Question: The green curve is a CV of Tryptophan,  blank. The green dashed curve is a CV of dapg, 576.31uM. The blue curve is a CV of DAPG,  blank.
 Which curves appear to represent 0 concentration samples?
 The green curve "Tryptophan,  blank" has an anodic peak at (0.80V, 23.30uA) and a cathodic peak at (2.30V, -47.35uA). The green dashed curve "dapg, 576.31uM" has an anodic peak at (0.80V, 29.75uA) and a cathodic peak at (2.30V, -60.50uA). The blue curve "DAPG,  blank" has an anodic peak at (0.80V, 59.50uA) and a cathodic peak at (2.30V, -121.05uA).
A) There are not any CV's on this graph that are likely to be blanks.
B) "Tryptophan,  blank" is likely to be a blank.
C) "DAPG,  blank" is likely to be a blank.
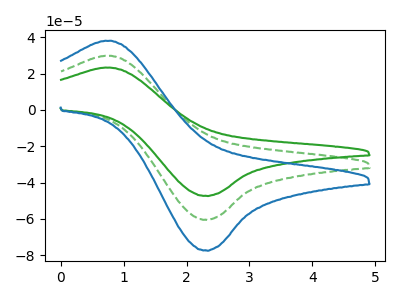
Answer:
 <answer>A) There are not any CV's on this graph that are likely to be blanks.</answer>
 <eval>A</eval>